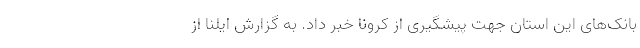
بانک‌های این استان جهت پیشگیری از کرونا خبر داد. به گزارش ایلنا از